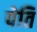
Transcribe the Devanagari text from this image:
पेति